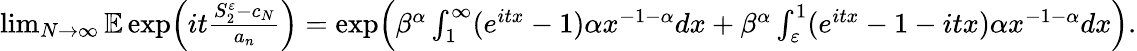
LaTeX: \begin{array}{r}{\operatorname*{lim}_{N\to\infty}\mathbb E\exp\Bigl(it\frac{S_{2}^{\varepsilon}-c_{N}}{a_{n}}\Bigr)=\exp\Bigl(\beta^{\alpha}\int_{1}^{\infty}(e^{itx}-1)\alpha x^{-1-\alpha}dx+\beta^{\alpha}\int_{\varepsilon}^{1}(e^{itx}-1-itx)\alpha x^{-1-\alpha}dx\Bigr).}\end{array}